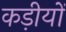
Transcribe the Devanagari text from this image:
कड़ीयों